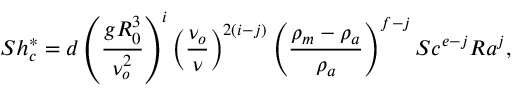
S h _ { c } ^ { * } = d \left( \frac { g R _ { 0 } ^ { 3 } } { \nu _ { o } ^ { 2 } } \right) ^ { i } \left( \frac { \nu _ { o } } { \nu } \right) ^ { 2 ( i - j ) } \left( \frac { \rho _ { m } - \rho _ { a } } { \rho _ { a } } \right) ^ { f - j } S c ^ { e - j } R a ^ { j } ,